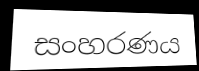
සංහරණය